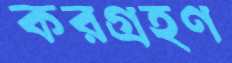
করগ্রহণ